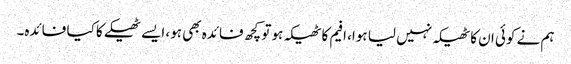
ہم نے کوئی ان کا ٹھیکہ نہیں لیا ہوا، افیم کا ٹھیکہ ہو تو کچھ فائدہ بھی ہو، ایسے ٹھیکے کا کیا فائدہ۔